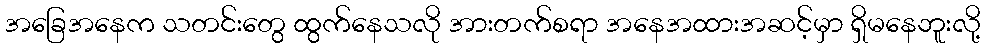
အခြေအနေက သတင်းတွေ ထွက်နေသလို အားတက်စရာ အနေအထားအဆင့်မှာ ရှိမနေဘူးလို့